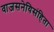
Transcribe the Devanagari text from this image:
वाजसनेयिसंहिता